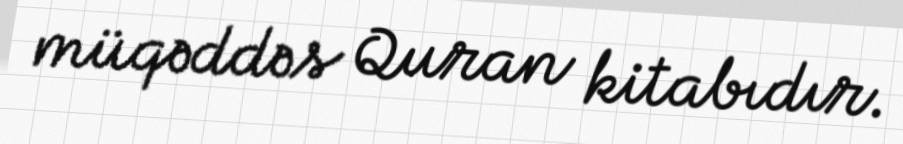
müqəddəs Quran kitabıdır.